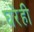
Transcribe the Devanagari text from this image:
घरेही